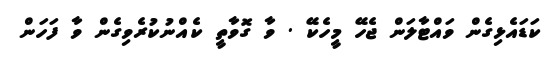
ކަޑައެޅިގެން ވައްޓާލަން ޖެހޭ މީހެކޭ . ވާ ގޮވާތީ ކެއްނުކުރެވިގެން ވާ ފަހަން